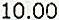
10.00